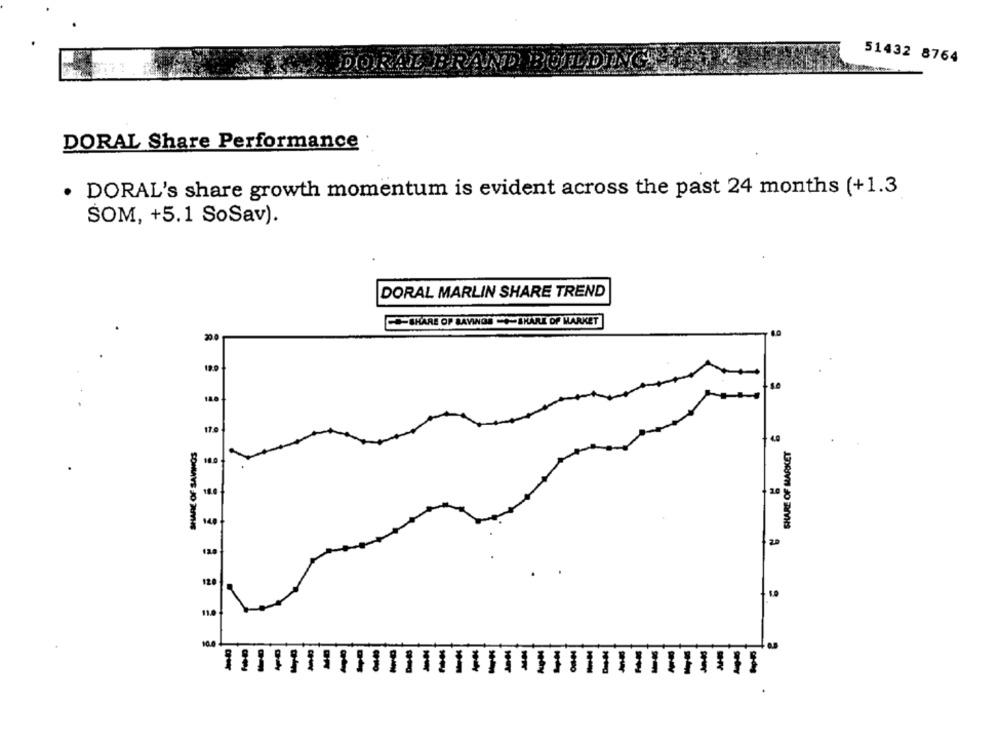
51432 8764
DORAL BRAND BUILDING.
DORAL Share Performance
· DORAL's share growth momentum is evident across the past 24 months (+1.3
SOM, +5.1 SoSav).
DORAL MARLIN SHARE TREND
SHARE OP SAVINGS +- SHARE OF MARKET]
200
17.0
SHARE OF MARKET
18.0
1.0
29
12
1.9
11.